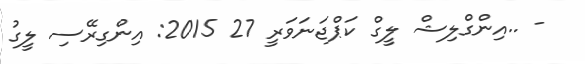
- ..އިންގްލިޝް ލީގް ކަޕްޖަނަވަރީ 27 2015: އިންގިރޭސި ލީގު